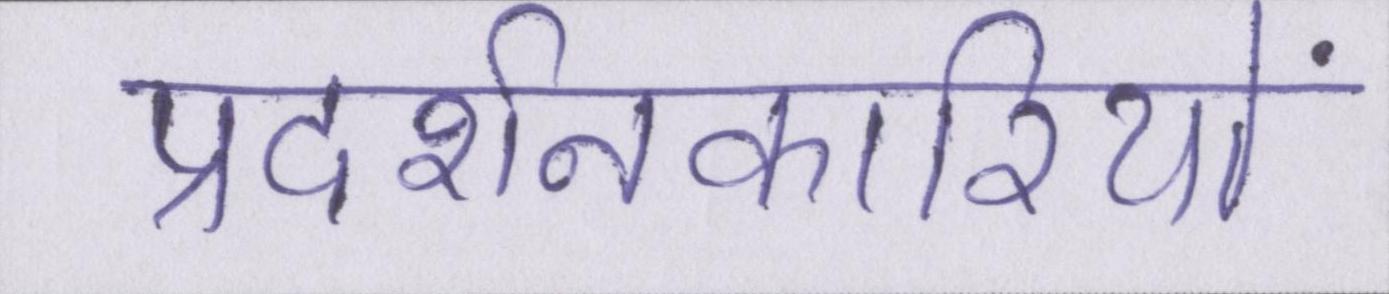
प्रदर्शनकारियों